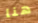
هنا